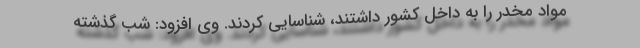
مواد مخدر را به داخل کشور داشتند، شناسایی کردند. وی افزود: شب گذشته